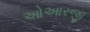
ઓઆરજી